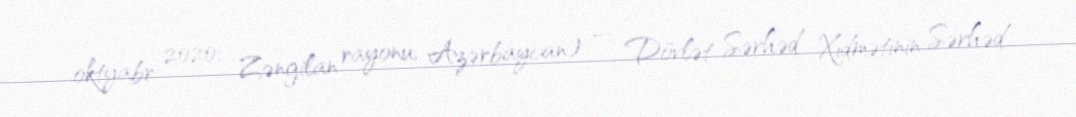
oktyabr 2020; Zəngilan rayonu, Azərbaycan) — Dövlət Sərhəd Xidmətinin Sərhəd